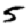
Digit: 5